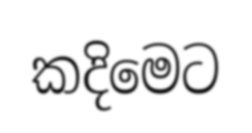
කදිමෙට